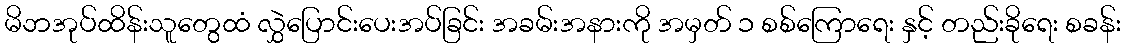
မိဘအုပ်ထိန်းသူတွေထံ လွှဲပြောင်းပေးအပ်ခြင်း အခမ်းအနားကို အမှတ် ၁ စစ်ကြောရေး နှင့် တည်းခိုရေး စခန်း